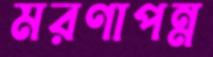
মরণাপন্ন